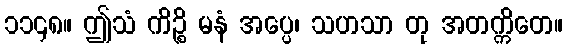
၁၁၄၈။ ဤသံ ကိဉ္စိ မနံ အပ္ပေ၊ သဟသာ တု အတက္ကိတေ။